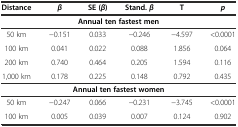
<table><thead><tr><td><b>Distance</b></td><td><b><i>β</i></b></td><td><b>SE ( <i>β</i>)</b></td><td><b>Stand.<i>β</i></b></td><td><b>T</b></td><td><b><i>p</i></b></td></tr></thead><tbody><tr><td colspan="6"><b>Annual ten fastest men</b></td></tr><tr><td>50 km</td><td>−0.151</td><td>0.033</td><td>−0.246</td><td>−4.597</td><td>&lt;0.0001</td></tr><tr><td>100 km</td><td>0.041</td><td>0.022</td><td>0.088</td><td>1.856</td><td>0.064</td></tr><tr><td>200 km</td><td>0.740</td><td>0.464</td><td>0.205</td><td>1.594</td><td>0.116</td></tr><tr><td>1,000 km</td><td>0.178</td><td>0.225</td><td>0.148</td><td>0.792</td><td>0.435</td></tr><tr><td colspan="6"><b>Annual ten fastest women</b></td></tr><tr><td>50 km</td><td>−0.247</td><td>0.066</td><td>−0.231</td><td>−3.745</td><td>&lt;0.0001</td></tr><tr><td>100 km</td><td>0.005</td><td>0.039</td><td>0.007</td><td>0.124</td><td>0.902</td></tr></tbody></table>